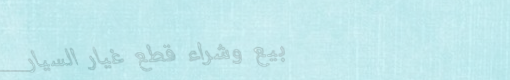
بيع وشراء قطع غيار السيار